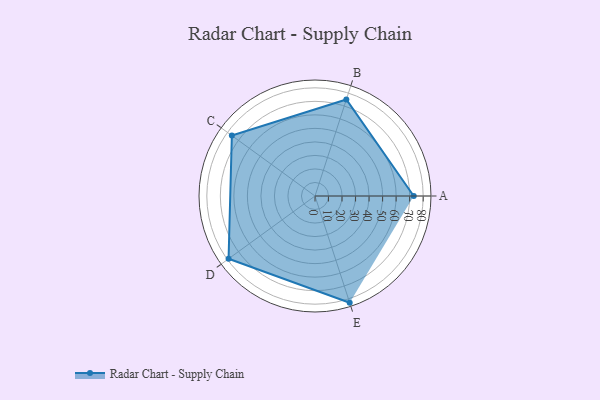
{"axis": {"x": "Skill", "y": "Score"}, "legend": ["Profile"], "data": [{"x": "A", "y": 73.0, "type": "Profile"}, {"x": "B", "y": 75.0, "type": "Profile"}, {"x": "C", "y": 76.0, "type": "Profile"}, {"x": "D", "y": 79.0, "type": "Profile"}, {"x": "E", "y": 83.0, "type": "Profile"}]}